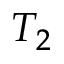
T _ { 2 }